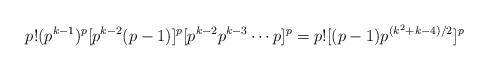
LaTeX: \begin{align*} p!(p^{k-1})^p[p^{k-2}(p-1)]^p[p^{k-2}p^{k-3}\cdots p]^p = p![(p-1)p^{(k^2+k-4)/2}]^p\end{align*}